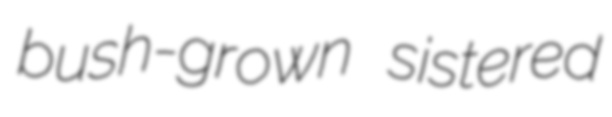
bush-grown sistered